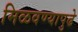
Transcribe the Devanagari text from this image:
मिळवण्यापुढे